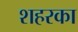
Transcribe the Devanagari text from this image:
शहरका